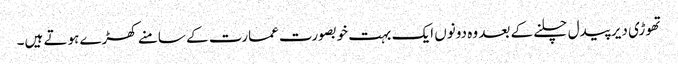
تھوڑی دیر پیدل چلنے کے بعد وہ دونوں ایک بہت خوبصورت عمارت کے سامنے کھڑے ہوتے ہیں۔